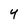
Character: y